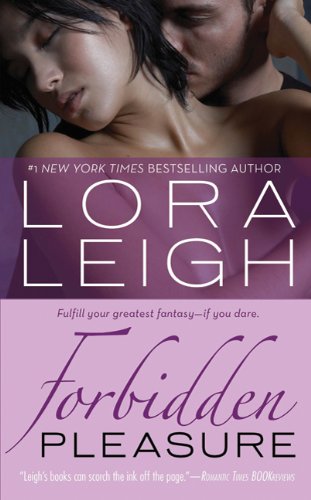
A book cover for Forbidden Pleasure (Bound Heart); Lora Leigh; Romance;